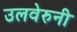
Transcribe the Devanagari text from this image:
उलवेरुनी